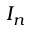
I _ { n }